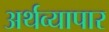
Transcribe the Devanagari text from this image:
अर्थव्यापार